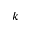
k